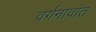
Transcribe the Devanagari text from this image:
वर्गनावांत